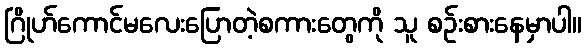
ဂြိုဟ်ကောင်မလေးပြောတဲ့စကားတွေကို သူ စဉ်းစားနေမှာပါ။